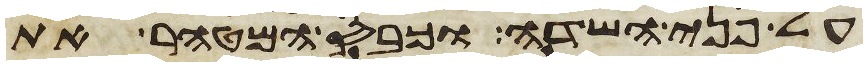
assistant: על פני השדה וכבס המטהר את